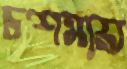
চশমায়